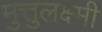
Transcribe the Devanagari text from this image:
मुत्तुलक्ष्मी